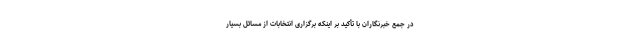
در جمع خبرنگاران با تأکید بر اینکه برگزاری انتخابات از مسائل بسیار